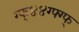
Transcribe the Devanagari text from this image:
ग्फ्४४ग्फ्ग्फ्